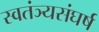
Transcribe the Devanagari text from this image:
स्वतंञ्यसंघर्ष